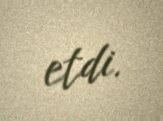
etdi.